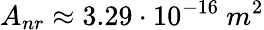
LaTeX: A_{nr}\approx 3.29\cdot 10^{-16}\ m^{2}